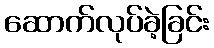
ဆောက်လုပ်ခဲ့ခြင်း